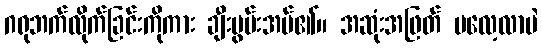
ဂရုဘက်လိုက်ခြင်းကိုကား ချီးမွမ်းအပ်၏။ အဆုံးအဖြတ် မလေ့လာပဲ